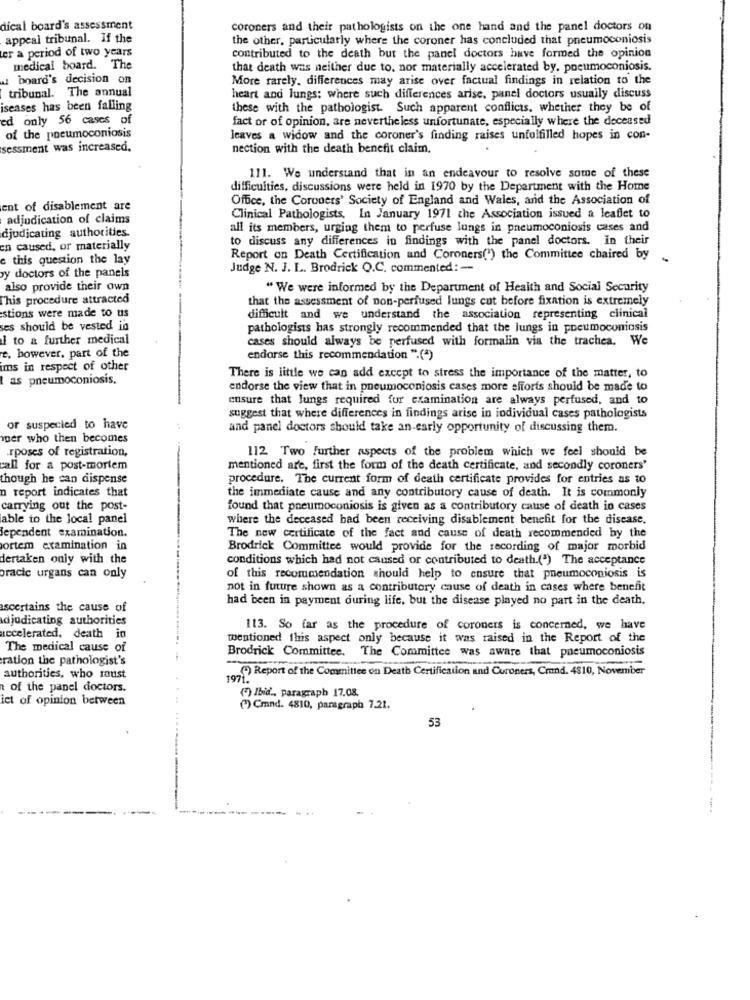
dical board's assessment
coroners and their pathologists on the one hand and the panel doctors on
appeal tribunal. If the
the other, particularly where the coroner has concluded that pneumoconiosis
er a period of two years
contributed to the death but the panel doctors have formed the opinion
medical board. The
that death was neither due to, nor materially accelerated by. pneumoconiosis.
w board's decision on
More rarely. differences may arise over factual findings in relation to the
tribunal. The annual
heart and lungs: where such differences arise, panel doctors usually discuss
iseases has been falling
these with the pathologist. Such apparent conflicts. whether they be of
ed only 56 cases of
fact or of opinion, are nevertheless unfortunate, especially where the deceased
of the pneumoconiosis
leaves a widow and the coroner's finding raises unfulfilled hopes in con-
sessment was increased.
nection with the death benefit claim.
111. We understand that in an endeavour to resolve some of these
difficulties, discussions were held in 1970 by the Department with the Home
Office, the Coroners' Society of England and Wales, and the Association of
ent of disablement are
adjudication of claims
Clinical Pathologists, In January 1971 che Association issued a leaflet to
all its members, urging them to perfuse lungs in pneumoconiosis cases and
djodicating authorities.
to discuss any differences in findings with the panel doctors. in their
en caused, or materially
e this question the lay
Report on Death Certification and Coroners(") the Committee chaired by
-
Judge N. J. L. Brodrick O.C. commented: --
y doctors of the panels
also provide their own
" We were informed by the Department of Health and Social Security
This procedure attracted
that the assessment of non-perfused lungs cut before fixation is extremely
stions were made to us
difficult and we understand the association representing clinical
ses should be vested in
pathologists has strongly recommended that the lungs in pneumoconiosis
i to & further medical
cases should always be perfused with formalin via the trachea. We
t. however, part of the
endorse this recommendation ".(*)
ims in respect of other
Las pneumoconiosis.
There is little we can add except to stress the importance of the matter, to
endorse the view that in pneumoconiosis cases more efforts should be made to
ensure that Jungs required for examination are always perfused, and to
suggest that where differences in findings arise in individual cases pathologists
or suspecied to have
and panel doctors should take an early opportunity of discussing them.
per who then becomes
rposes of registration,
112 Two Further aspects of the problem which we feel should be
call for a post-mortem
mentioned are, first the form of the death certificate, and secondly coroners'
though he can dispense
procedure. The current form of death certificate provides for entries as to
n report indicates that
the immediate cause and any contributory cause of death. It is commonly
carrying out the post-
found that pneumoconiosis is given as a contributory cause of death in cases
able to the local panel
where the deceased had been receiving disablement benefit for the disease.
Bependent examination.
The new certificate of the fact and cause of death recommended by the
ortem examination in
Brodrick Committee would provide for the recording of major morbid
dertaken only with the
conditions which had not caused or contributed to death.(") The acceptance
oracic urgans can only
of this recommendation should help to ensure that pneumoconiosis is
not in future shown as a contributory cause of death in cases where benefit
had been in payment during life, but the disease played no part in the death.
ascertains the cause of
adjudicating authorities
113. So far as the procedure of coroners is concerned, we have
accelerated, death in
mentioned this aspect only because it was raised in the Report of the
The medical cause of
Brodrick Committee. The Committee was aware that pneumoconiosis
ration the pathologist's
"") Report of the Committee on Death Certification and Curoners, Cmumd. 4810, November
authorities, who roust
of the panel doctors.
ict of opinion between
(2) Ibid ., paragraph 17.08.
(3) Cmnd. 4810, paragraph 7.21.
53